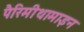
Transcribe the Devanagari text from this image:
पैरिमीथामाइन